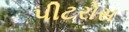
પીટરોસ